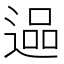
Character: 𮞬